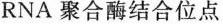
RNA聚合酶结合位点